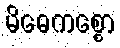
မိဓေကစ္စော